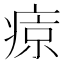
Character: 𤷦